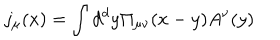
j _ { \mu } ( x ) = \int d ^ { d } y \Pi _ { \mu \nu } ( x - y ) A ^ { \nu } ( y )